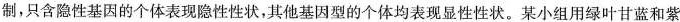
制，只含隐性基因的个体表现隐性性状，其他基因型的个体均表现显性性状。某小组用绿叶甘蓝和紫